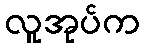
လူအုပ်က